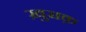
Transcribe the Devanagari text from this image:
ख़ुराक़